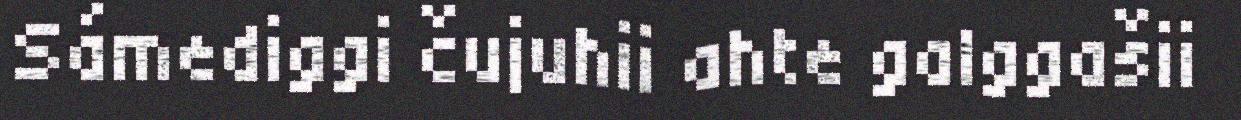
Sámediggi čujuhii ahte galggašii